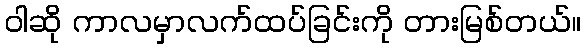
ဝါဆို ကာလမှာလက်ထပ်ခြင်းကို တားမြစ်တယ်။